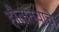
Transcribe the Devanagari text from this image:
हौतात्म्याचे